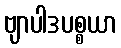
ဗျာပါဒပစ္စယာ